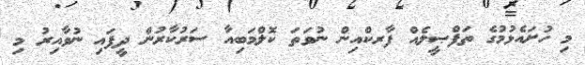
މި ހުށައެޅުމުގެ ތަފްޞީލެއް ފާރކްއިން ނުވަތަ ކޮލްމަބިއާ ސަރުކާރުން ދީފައި ނުވާއިރު މި